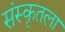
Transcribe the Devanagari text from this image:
संस्कृतला